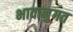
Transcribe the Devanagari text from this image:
भावानुगत